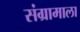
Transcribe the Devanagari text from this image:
संग्रामाला